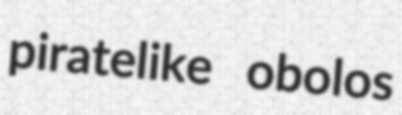
piratelike obolos